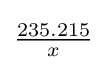
\textstyle {\frac {235.215}{x}}